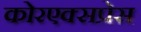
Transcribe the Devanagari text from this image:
कोरएक्सप्रेस